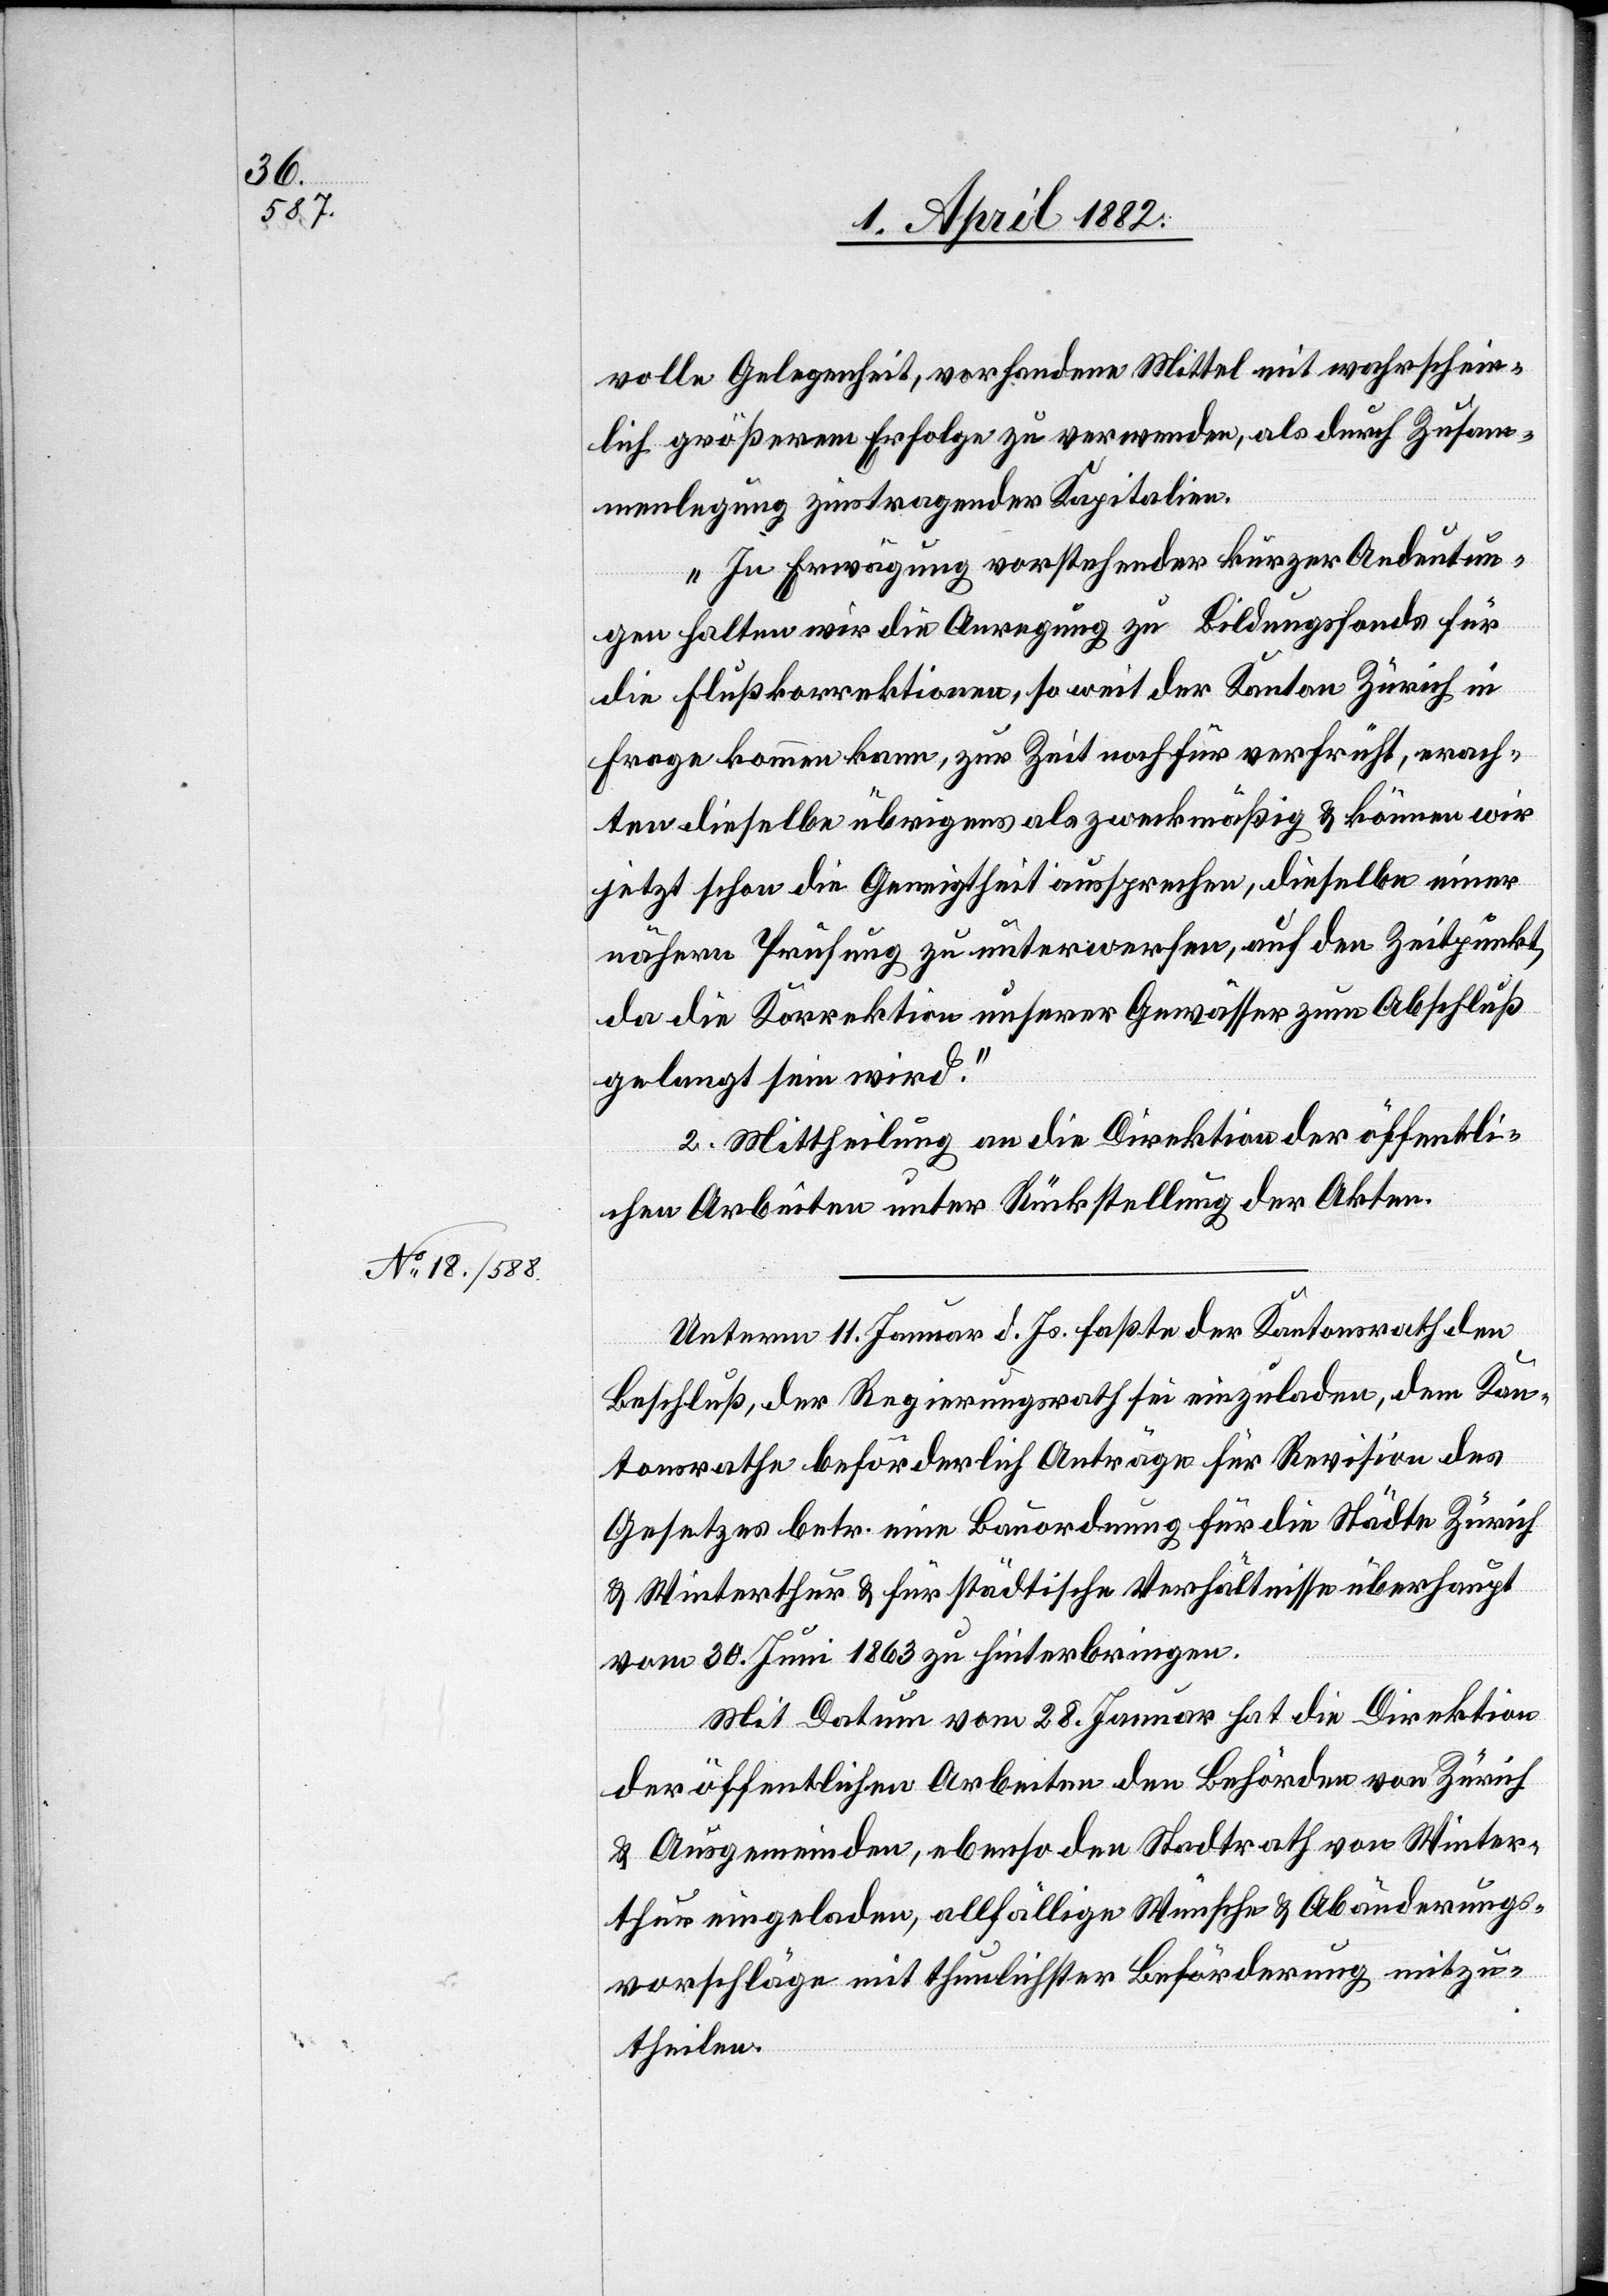
volle Gelegenheit, vorhandene Mittel mit wahrschein¬
lich größerem Erfolge zu verwenden, als durch Zusam¬
menlegung zinstragender Kapitalien.
In Erwägung vorstehender kurzer Andeutun¬
gen halten wir die Anregung zu Bildungsfonds [recte:
die Flußkorrektionen, so weit der Kanton Zürich in
Frage kommen kann, zur Zeit noch für verfrüht, erach¬
ten dieselbe übrigens als zweckmäßig & können wir
jetzt schon die Geneigtheit aussprechen, dieselbe einer
nähern Prüfung zu unterwerfen, auf den Zeitpunkt,
da die Korrektion unserer Gewässer zum Abschluß
gelangt sein wird.“
2. Mittheilung an die Direktion der öffentli¬
chen Arbeiten unter Rückstellung der Akten.
Unterm 11. Januar d. Js. faßte der Kantonsrath den
Beschluß, der Regierungsrath sei einzuladen, dem Kan¬
tonsrathe beförderlich Anträge für Revision des
Gesetzes betr. eine Bauordnung für die Städte Zürich
& Winterthur & für städtische Verhältnisse überhaupt
vom 30. Juni 1863 zu hinterbringen.
Mit Datum vom 28. Januar hat die Direktion
der öffentlichen Arbeiten den Behörden von Zürich
& Ausgemeinden, ebenso den Stadtrath von Winter¬
thur eingeladen, allfällige Wünsche & Abänderungs¬
vorschläge mit thunlichster Beförderung mitzu¬
theilen.